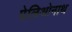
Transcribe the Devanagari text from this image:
पेलिओनाथ